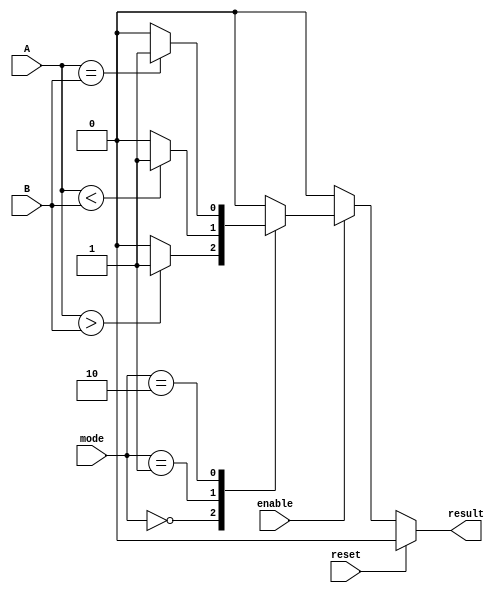
module parameterized_comparator #(
    parameter N = 8  // Default width of input vectors
)(
    input  wire [N-1:0] A,         // Input vector A
    input  wire [N-1:0] B,         // Input vector B
    input  wire [1:0] mode,        // Comparison mode: 00 = A > B, 01 = A < B, 10 = A == B
    input  wire reset,              // Asynchronous reset
    input  wire enable,             // Enable signal
    output reg result               // Output result
);

    // Internal logic for comparison
    always @(*) begin
        if (reset) begin
            result = 1'b0;  // Reset the output to 0
        end else if (enable) begin
            case (mode)
                2'b00: result = (A > B) ? 1'b1 : 1'b0;  // A > B
                2'b01: result = (A < B) ? 1'b1 : 1'b0;  // A < B
                2'b10: result = (A == B) ? 1'b1 : 1'b0; // A == B
                default: result = 1'b0; // Default case
            endcase
        end else begin
            result = 1'b0; // If not enabled, output is 0
        end
    end

endmodule